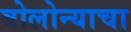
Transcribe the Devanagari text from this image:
बोलोन्याचा